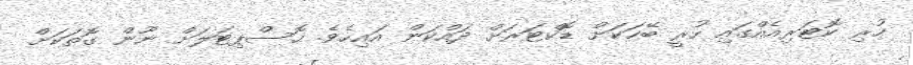
ހުރި ކޮޓަރިއެއްގައި ހުރީ ބޭހަކަށް ޑޮކްޓަރަށް ދައްކަން އައިހެވެ. ހޮސްޕިޓަލަށް ނޫން ގޮތަކަށް